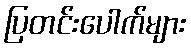
ပြတင်းပေါက်များ